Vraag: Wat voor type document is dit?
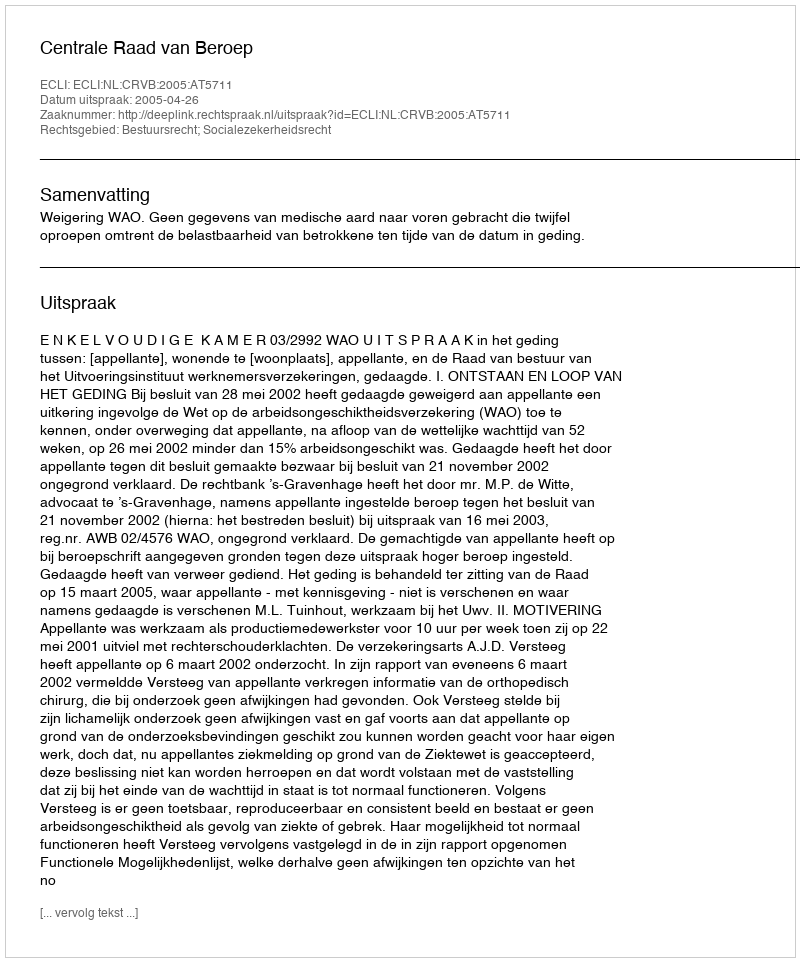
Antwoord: Uitspraak